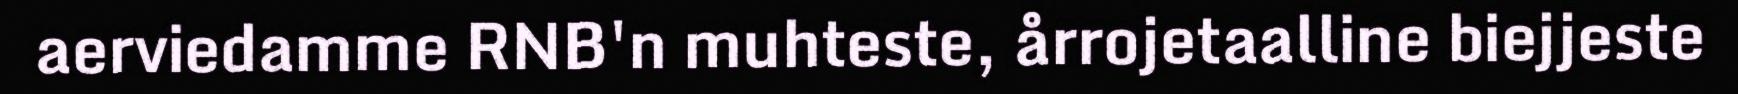
aerviedamme RNB'n muhteste, årrojetaalline biejjeste